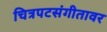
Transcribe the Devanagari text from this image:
चित्रपटसंगीतावर